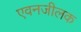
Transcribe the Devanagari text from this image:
एवनजीलक